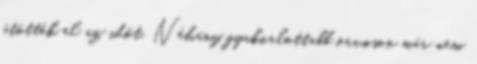
ütötték el az időt. Néhány gyakorlottabb orvoson már nem